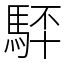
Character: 䮆